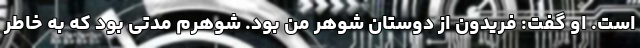
است. او گفت: فریدون از دوستان شوهر من بود. شوهرم مدتی بود که به خاطر